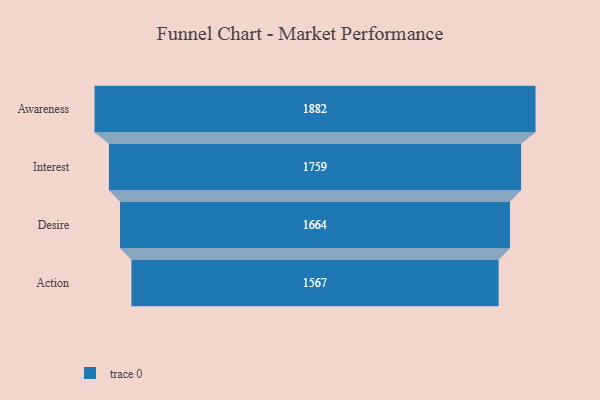
{"axis": {"x": "Stage", "y": "Value"}, "legend": [""], "data": [{"x": "Awareness", "y": 1882.0, "type": ""}, {"x": "Interest", "y": 1759.0, "type": ""}, {"x": "Desire", "y": 1664.0, "type": ""}, {"x": "Action", "y": 1567.0, "type": ""}]}